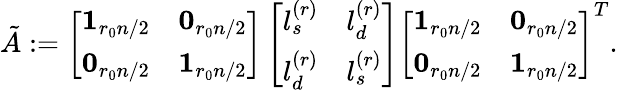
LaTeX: \begin{array}{r}{\tilde{A}:=\left[\begin{array}{ll}{\mathbf{1}_{r_{0}n/2}}&{\mathbf{0}_{r_{0}n/2}}\\ {\mathbf{0}_{r_{0}n/2}}&{\mathbf{1}_{r_{0}n/2}}\end{array}\right]\left[\begin{array}{ll}{l_{s}^{(r)}}&{l_{d}^{(r)}}\\ {l_{d}^{(r)}}&{l_{s}^{(r)}}\end{array}\right]\left[\begin{array}{ll}{\mathbf{1}_{r_{0}n/2}}&{\mathbf{0}_{r_{0}n/2}}\\ {\mathbf{0}_{r_{0}n/2}}&{\mathbf{1}_{r_{0}n/2}}\end{array}\right]^{T}.}\end{array}